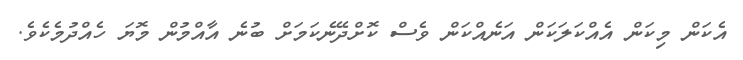
އެކަން މިކަން އެއްކަލަކަން އަނެއްކަން ވެސް ކޮށްދޭނެކަމަށް ބުނެ އާއްމުން މޮޔަ ހެއްދުމެކެވެ.